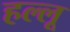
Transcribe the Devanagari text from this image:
हल्लू